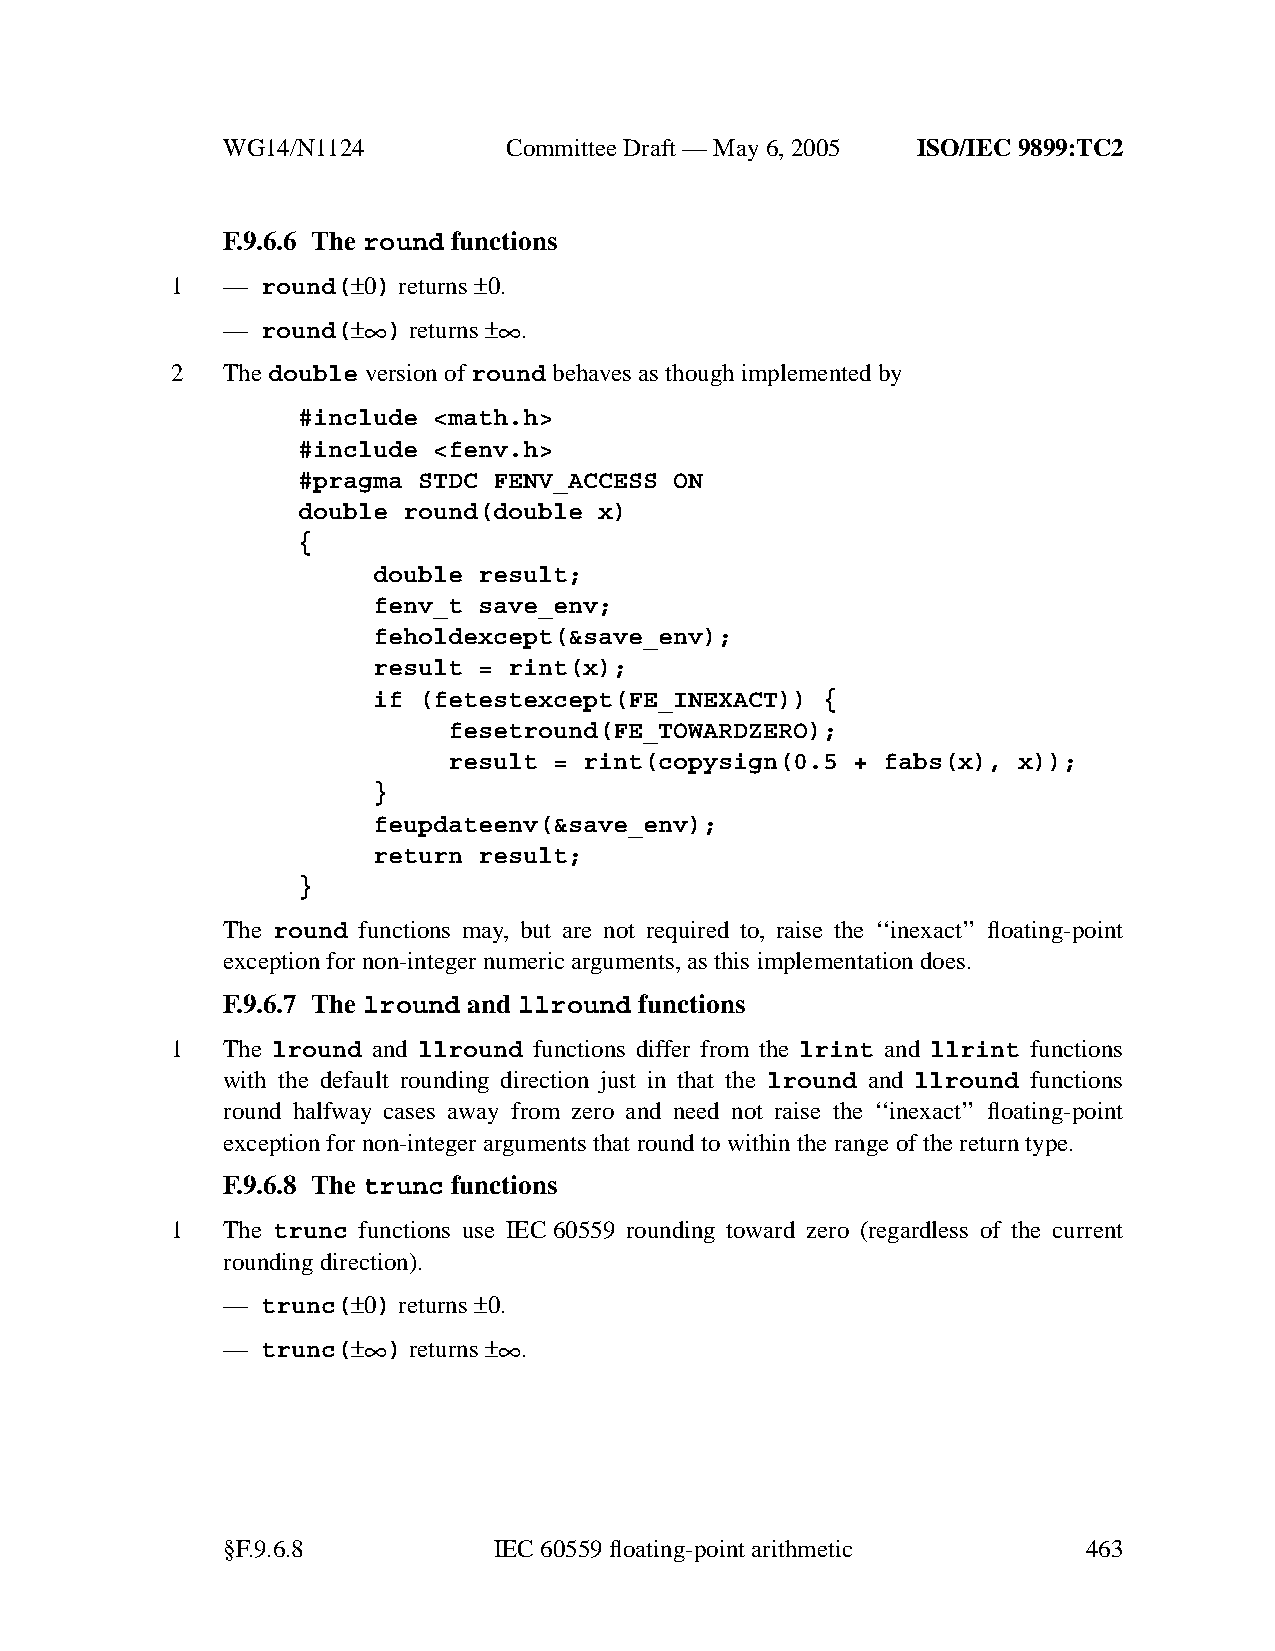
WG14/N1124        CommitteeDraft — May 6, 2005 ISO/IEC 9899:TC2
 F.9.6.6 The round functions
 1   — round(±0) returns±0.
 —
 round(±∞
 )
 returns±∞
 .
 2   Thedouble version ofround behavesasthough implemented by
 #include <math.h>
 #include <fenv.h>
 #pragma STDC FENV_ACCESS ON
 double round(double x)
 {
 double result;
 fenv_t save_env;
 feholdexcept(&save_env);
 result = rint(x);
 if (fetestexcept(FE_INEXACT)) {
 fesetround(FE_TOWARDZERO);
 result = rint(copysign(0.5 + fabs(x), x));
 }
 feupdateenv(&save_env);
 return result;
 }
 The round functions may, but are not required to, raise the ‘‘inexact’’ floating-point
 exception for non-integer numeric arguments, as this implementation does.
 F.9.6.7 The lround and llround functions
 1   The lround and llround functions differ from the lrint and llrint functions
 with the default rounding direction just in that the lround and llround functions
 round halfway cases away from zero and need not raise the ‘‘inexact’’ floating-point
 exception for non-integer arguments that round to within the range of the return type.
 F.9.6.8 The trunc functions
 1   The trunc functions use IEC60559 rounding toward zero (regardless of the current
 rounding direction).
 — trunc(±0) returns±0.
 —
 trunc(±∞
 )
 returns±∞
 .
 §F.9.6.8          IEC60559 floating-point arithmetic     463